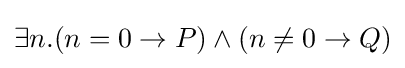
\exists n.(n=0\to P)\land (n\neq 0\to Q)